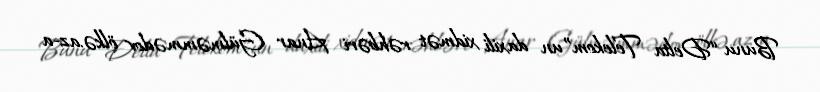
Bunu “Delta Telekom”un daxili xidmət rəhbəri Anar Gülməmmədov ölkə.az-a